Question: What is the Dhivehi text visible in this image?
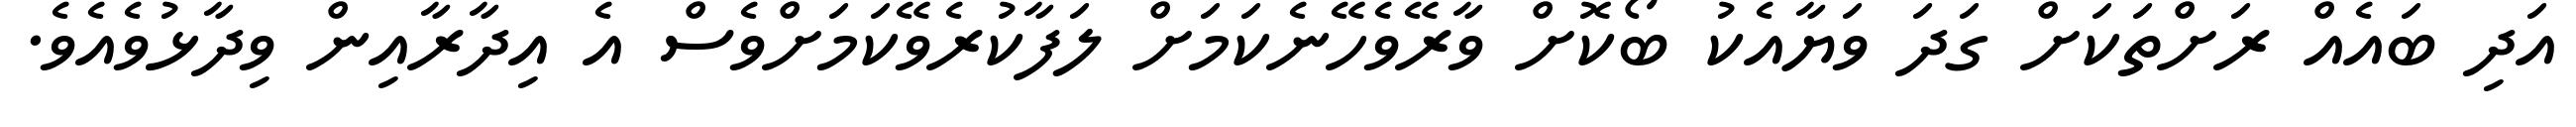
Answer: އަދި ބައެއް ރަށްތަކަށް ގަދަ ވަޔާއެކު ބޯކޮށް ވާރޭވެހޭނެކަމަށް ލަފާކުރެވޭކަމަށްވެސް އެ އިދާރާއިން ވިދާޅުވެއެވެ.